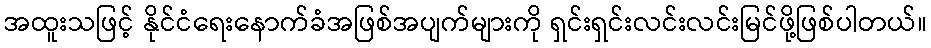
အထူးသဖြင့် နိုင်ငံရေးနောက်ခံအဖြစ်အပျက်များကို ရှင်းရှင်းလင်းလင်းမြင်ဖို့ဖြစ်ပါတယ်။